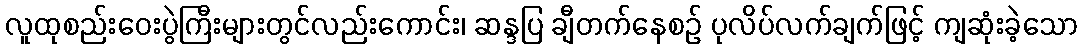
လူထုစည်းဝေးပွဲကြီးများတွင်လည်းကောင်း၊ ဆန္ဒပြ ချီတက်နေစဉ် ပုလိပ်လက်ချက်ဖြင့် ကျဆုံးခဲ့သော